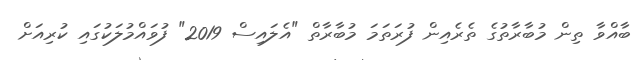
ބާއްވާ ތިން މުބާރާތުގެ ތެރެއިން ފުރަތަމަ މުބާރާތް "އެލައިސް 2019" ފުވައްމުލަކުގައި ކުރިއަށް